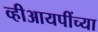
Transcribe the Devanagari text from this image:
व्हीआयपींच्या